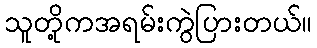
သူတို့ကအရမ်းကွဲပြားတယ်။